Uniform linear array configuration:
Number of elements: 4
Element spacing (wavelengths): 0.75
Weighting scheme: hann
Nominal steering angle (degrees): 60
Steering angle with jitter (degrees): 58.137
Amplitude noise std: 0.05
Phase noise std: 0.05

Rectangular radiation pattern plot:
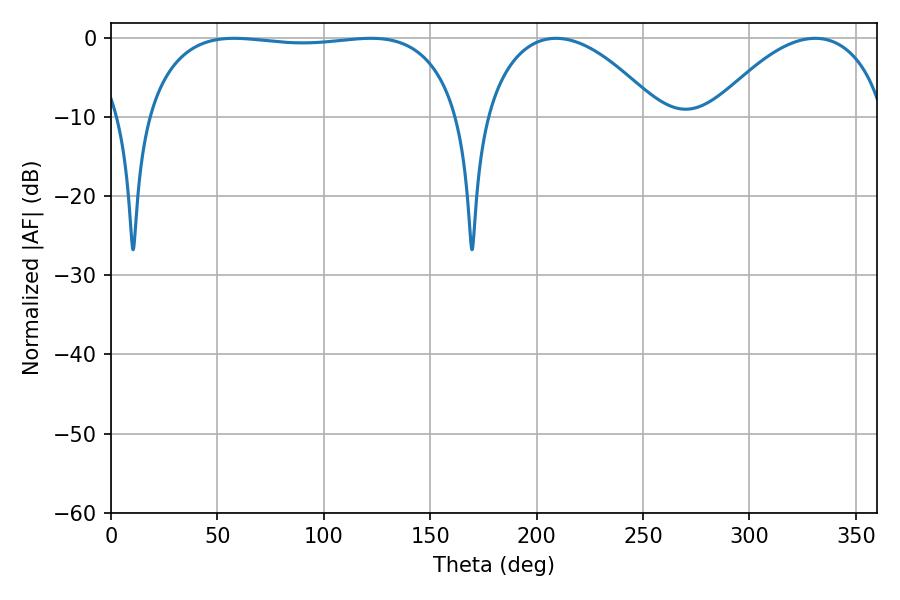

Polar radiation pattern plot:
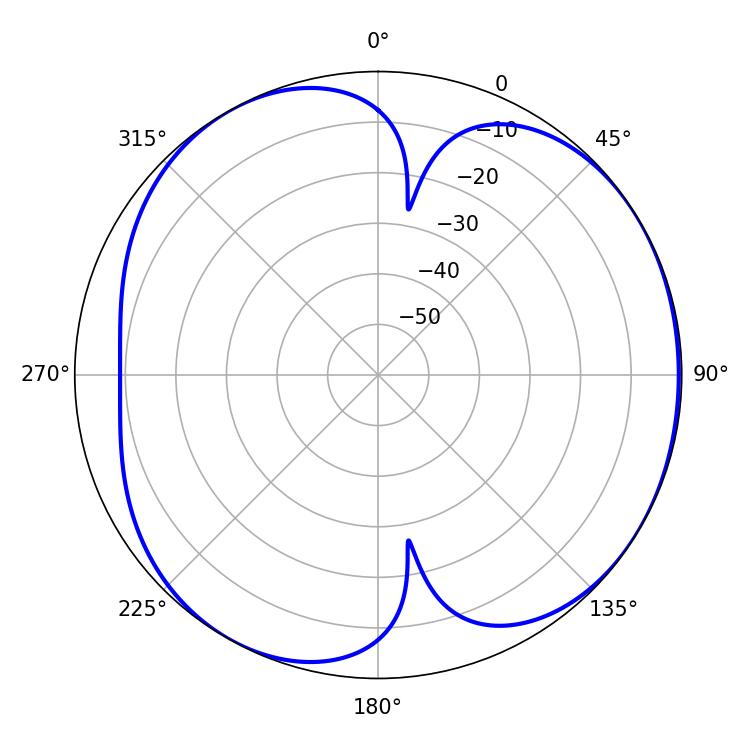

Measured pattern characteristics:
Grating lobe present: TRUE
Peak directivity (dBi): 4.799
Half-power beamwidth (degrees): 46.26
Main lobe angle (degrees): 330.84